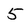
Character: 5